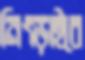
নিংড়াইবে